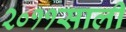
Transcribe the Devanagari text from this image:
२०११साली